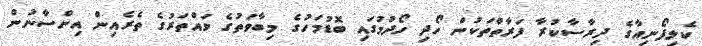
ކެލިފޯނިއާގެ ދިރާސާކުރާ ފަރާތްތަކުން ހޯދި ހޯދުމުގައި ބޮޑުމަހުގެ މިބާވަތުގެ ވައްތަރުގެ ތެރެއިން އިންސާނުން